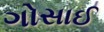
ગોસાઈ